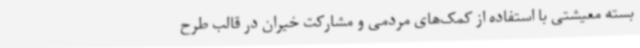
بسته معیشتی با استفاده از کمک‌های مردمی و مشارکت خیران در قالب طرح